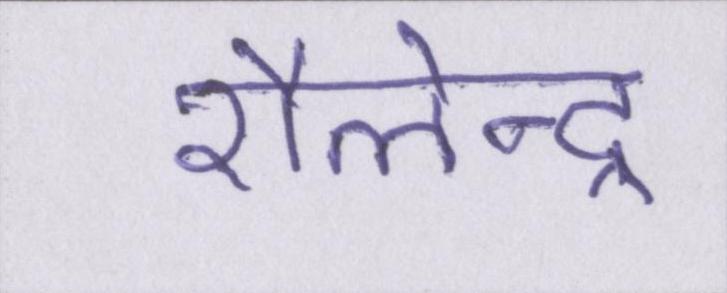
शैलेन्द्र